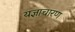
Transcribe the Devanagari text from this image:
यज्ञाचारण